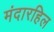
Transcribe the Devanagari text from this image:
मंदारहिल